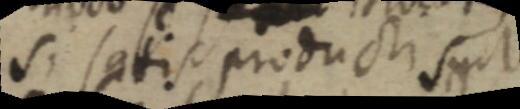
si satis producti suit